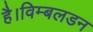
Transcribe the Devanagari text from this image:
है।विम्बलडन